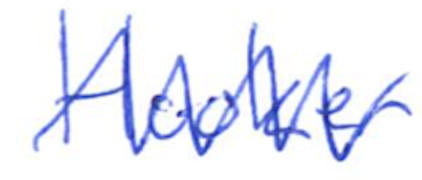
Text: Hooker
Cross-out: zig-zag
Writing tool: ballpoint